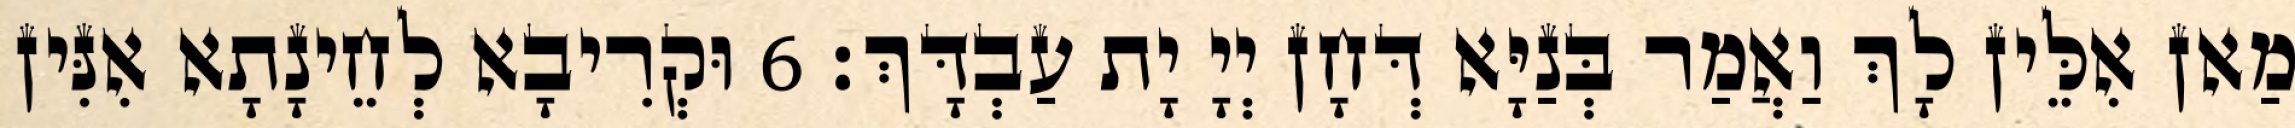
מַאן אִלֵּין לָךְ וַאֲמַר בְּנַיָּא דְּחָן יְיָ יָת עַבְדָּךְ׃ 6 וּקְרִיבָא לְחֵינָתָא אִנִּין